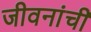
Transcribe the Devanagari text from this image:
जीवनांची